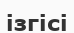
ізгісі